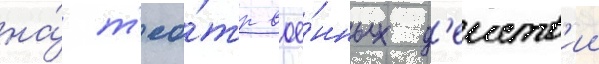
на́ т'еа́тр вое́нных д'еиств'ии